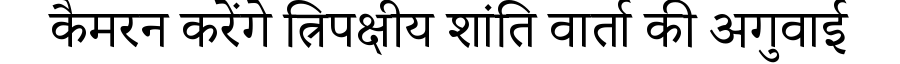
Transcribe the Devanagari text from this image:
कैमरन करेंगे त्रिपक्षीय शांति वार्ता की अगुवाई